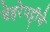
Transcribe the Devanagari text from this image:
चेहरेपट्टीचे